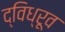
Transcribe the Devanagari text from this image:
द्विध्रूव